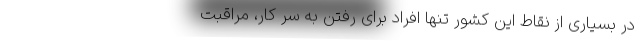
در بسیاری از نقاط این کشور تنها افراد برای رفتن به سر کار، مراقبت